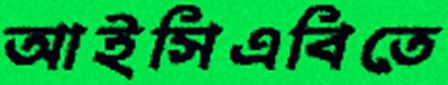
আইসিএবিতে